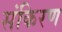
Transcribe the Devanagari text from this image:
संकिरण